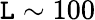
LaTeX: \mathtt{L}\sim100